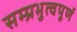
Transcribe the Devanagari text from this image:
सम्प्रभुत्वपूर्ण